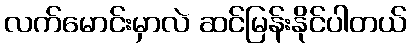
လက်မောင်းမှာလဲ ဆင်မြန်းနိုင်ပါတယ်